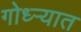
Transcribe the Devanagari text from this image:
गोध्ऱ्यात